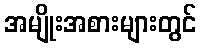
အမျိုးအစားများတွင်